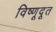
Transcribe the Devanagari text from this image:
विष्णूदूत